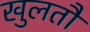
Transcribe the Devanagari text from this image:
खुलतौ